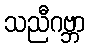
သညီဂဗ္ဘာ